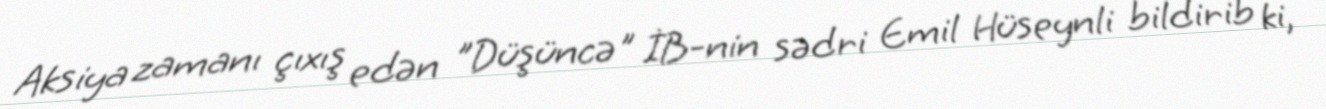
Aksiya zamanı çıxış edən "Düşüncə" İB-nin sədri Emil Hüseynli bildirib ki,